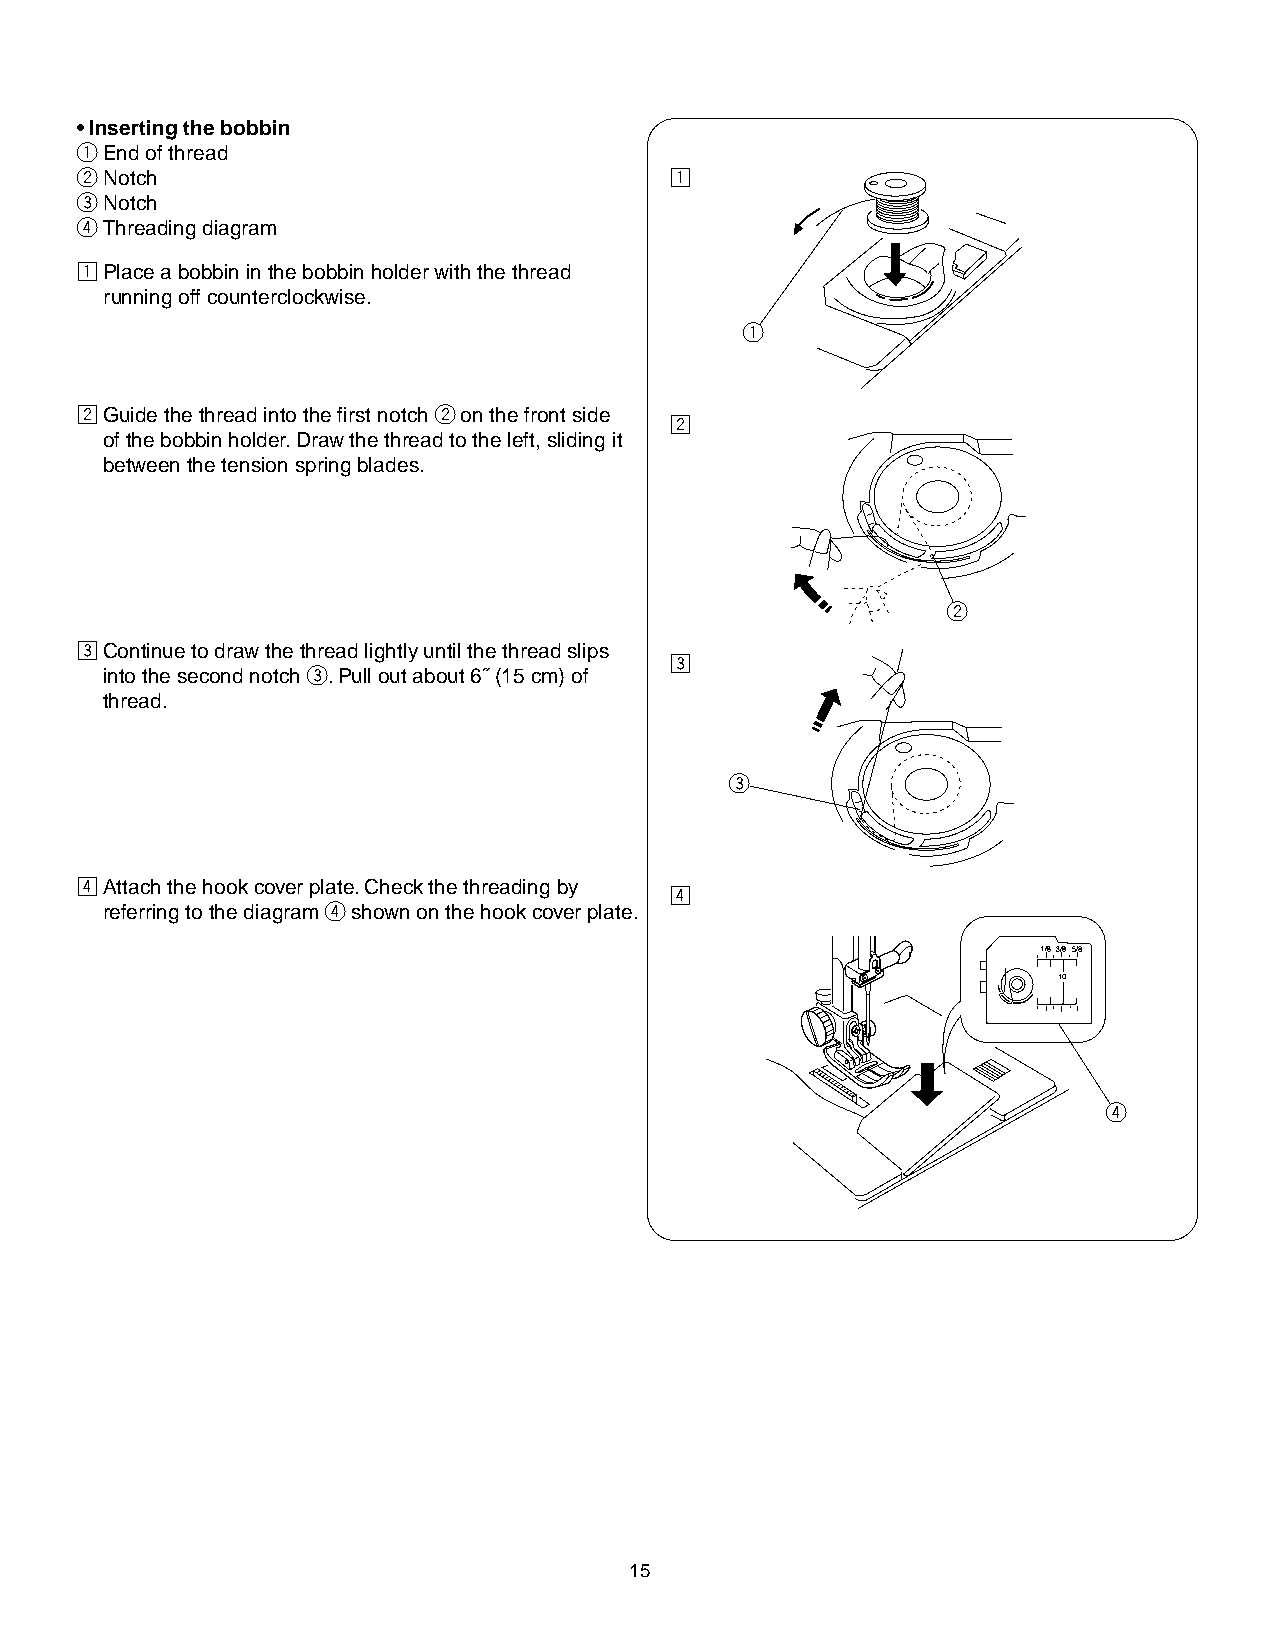
• Inserting the bobbin
 qEnd of thread
 wNotch                                 z
 eNotch
 rThreading diagram
 zPlace a bobbin in the bobbin holder with the thread
 running off counterclockwise.
 q
 xGuide the thread into the first notch w on the front side
 x
 of the bobbin holder. Draw the thread to the left, sliding it
 between the tension spring blades.
 w
 cContinue to draw the thread lightly until the thread slips
 c
 into the second notch e. Pull out about 6˝ (15 cm) of
 thread.
 e
 vAttach the hook cover plate. Check the threading by
 v
 referring to the diagram r shown on the hook cover plate.
 r
 15